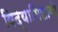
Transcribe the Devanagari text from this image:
विद्याभिलाषी